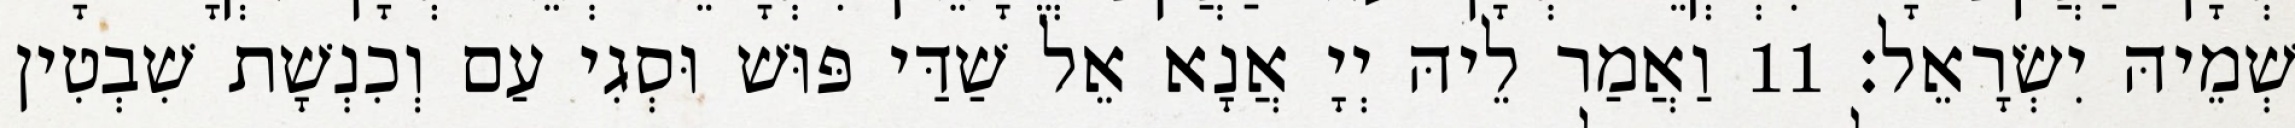
שְׁמֵיהּ יִשְׂרָאֵל׃ 11 וַאֲמַר לֵיהּ יְיָ אֲנָא אֵל שַׁדַּי פּוּשׁ וּסְגִי עַם וְכִנְשָׁת שִׁבְטִין